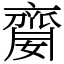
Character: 䶒